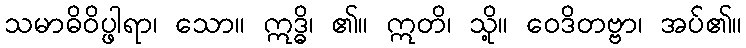
သမာဓိဝိပ္ဖါရာ၊ သော။ ဣဒ္ဓိ၊ ၏။ ဣတိ၊ သို့။ ဝေဒိတဗ္ဗာ၊ အပ်၏။